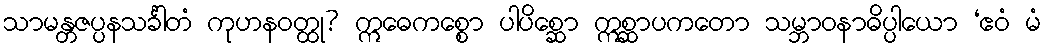
သာမန္တဇပ္ပနသင်္ခါတံ ကုဟနဝတ္ထု? ဣဓေကစ္စော ပါပိစ္ဆော ဣစ္ဆာပကတော သမ္ဘာဝနာဓိပ္ပါယော ‘ဧဝံ မံ